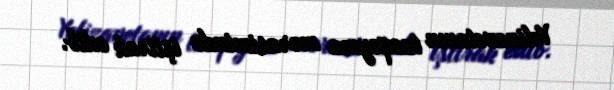
Yelizavetanın tacqoyma mərasimində iştirak edib.